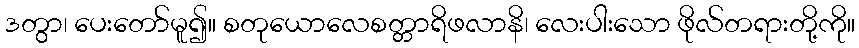
ဒတွာ၊ ပေးတော်မူ၍။ စတုယောလေစတ္တာရိဖလာနိ၊ လေးပါးသော ဖိုလ်တရားတို့ကို။